Civil Veterinary Department Bihar & Orissa reports 1911-21 - 1911-1921
Year: 1911
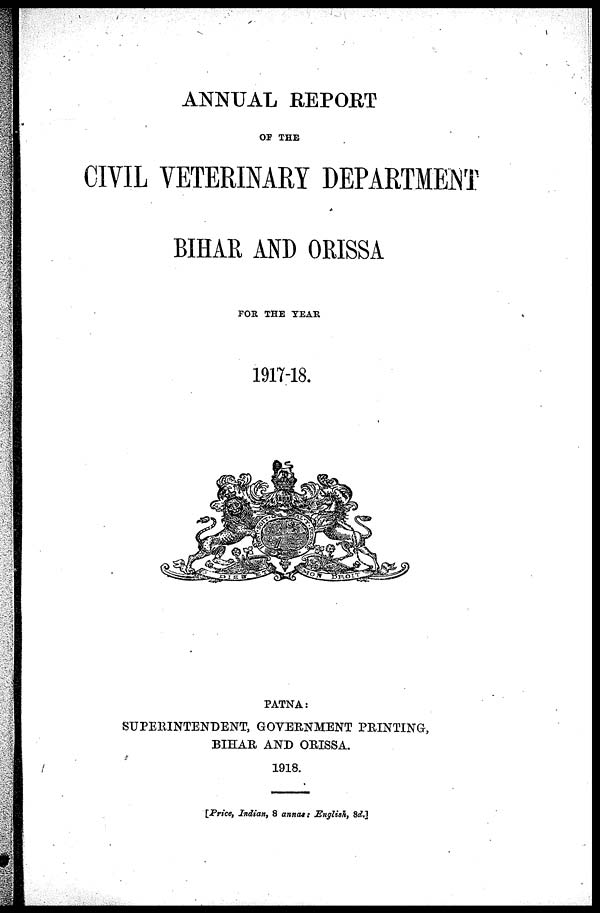
ANNUAL REPORT
OF THE
CIVIL VETERINARY DEPARTMENT
BIHAR AND ORISSA
FOR THE TEAR
1917-18.
PATNA:
SUPERINTENDENT, GOVERNMENT PRINTING,
BIHAR AND ORISSA.
1918.
[Price, Indian, 8 annas: English, 8d.]